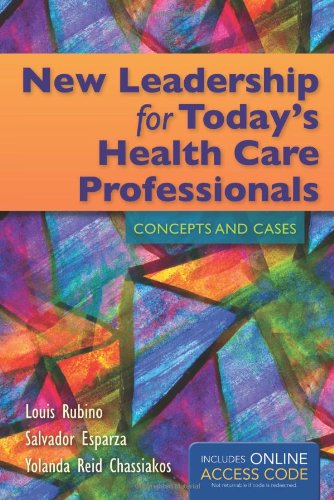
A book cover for New Leadership For Today's Health Care; Louis G. Rubino; Law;